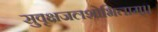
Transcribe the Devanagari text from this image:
सुवृक्षजलशोभिताम्।।